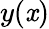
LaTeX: y(\mathit{x})